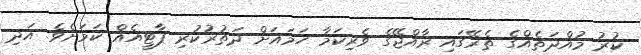
ކުރު މުއްދަތެއްގެ ތެރޭގައި ރާއްޖޭގެ ވެރިކަމާ ހަމައަށް ދަތުރުކުރި ޕާޓީއެއް ކަމަށެވެ. އަދި